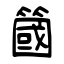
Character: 簂